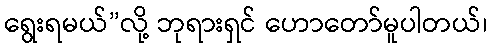
ရွေးရမယ်”လို့ ဘုရားရှင် ဟောတော်မူပါတယ်၊